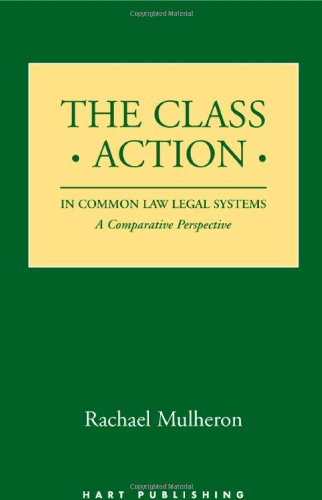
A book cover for The Class Action in Common Law Legal Systems: A Comparative Perspective; Rachael Mulheron; Law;